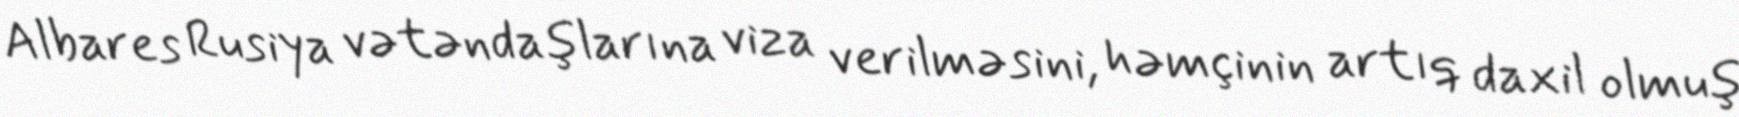
Albares Rusiya vətəndaşlarına viza verilməsini, həmçinin artıq daxil olmuş